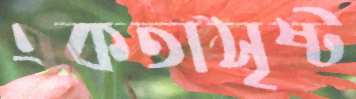
একতাসৃষ্ট